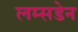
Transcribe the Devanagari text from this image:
लम्सडेन